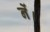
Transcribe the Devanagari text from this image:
नें।